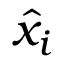
\boldsymbol { \hat { x } _ { i } }